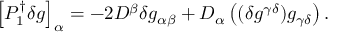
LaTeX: \left[ P _ { 1 } ^ { \dagger } \delta g \right] _ { \alpha } = - 2 D ^ { \beta } \delta g _ { \alpha \beta } + D _ { \alpha } \left( ( \delta g ^ { \gamma \delta } ) g _ { \gamma \delta } \right) .